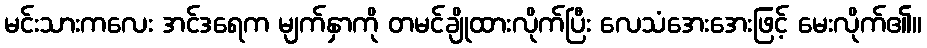
မင်းသားကလေး အင်ဒရေက မျက်နှာကို တမင်ချိုထားလိုက်ပြီး လေသံအေးအေးဖြင့် မေးလိုက်၏။